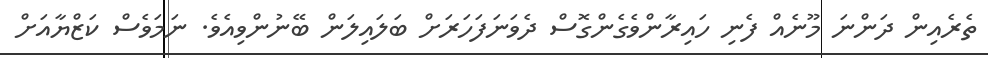
ތެރެއިން ދަންނަ މޫނެއް ފެނި ހައިރާންވެގެންގޮސް ދެވަނަފަހަރަށް ބަލައިލަން ބޭނުންވިއެވެ. ނަމަވެސް ކަޒްޔާއަށް